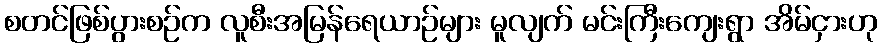
စတင်ဖြစ်ပွားစဉ်က လူစီးအမြန်ရေယာဉ်များ မူလျက် မင်းကြီးကျေးရွာ အိမ်ငှားဟု